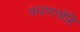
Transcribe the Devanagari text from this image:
कवणाचेंहि